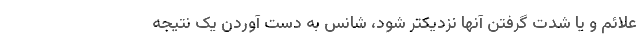
علائم و یا شدت گرفتن آنها نزدیکتر شود، شانس به دست آوردن یک نتیجه